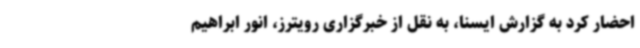
احضار کرد به گزارش ایسنا، به نقل از خبرگزاری رویترز، انور ابراهیم